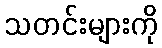
သတင်းများကို